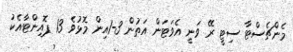
މެންޗެސްޓާ ސިޓީ ރޭ ވަނީ އެވަޓަން އަތުން 3-1އިން މޮޅުވެ 13 ޕޮއިންޓާއެކު